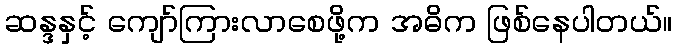
ဆန္ဒနှင့် ကျော်ကြားလာစေဖို့က အဓိက ဖြစ်နေပါတယ်။